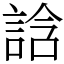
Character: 誝